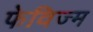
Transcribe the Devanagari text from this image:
फेविज्म